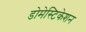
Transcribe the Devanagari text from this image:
डोमेस्टिकेशन